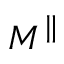
M ^ { \parallel }